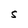
Character: S